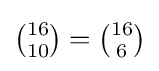
{\tbinom {16}{10}}={\tbinom {16}{6}}